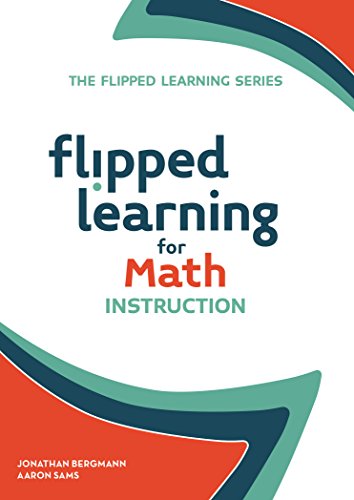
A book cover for Flipped Learning for Math Instruction (The Flipped Learning Series); Jonathan Bergmann; Education & Teaching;